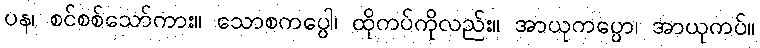
ပန၊ စင်စစ်သော်ကား။ သောစကပ္ပေါ၊ ထိုကပ်ကိုလည်း။ အာယုကပ္ပော၊ အာယုကပ်။